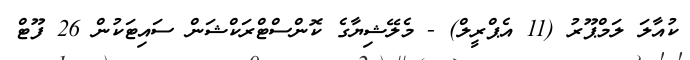
ކުއާލަ ލަމްޕޫރު (11 އެޕްރީލް) - މެލޭޝިޔާގެ ކޮންސްޓްރަކްޝަން ސައިޓަކުން 26 ފޫޓް